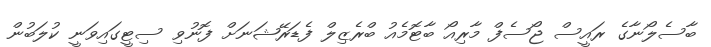
ބާސެލޯނާގެ ރައީސް ޖޯސެފް މާރިއޯ ބާޓޮމެއު ބްރެޒިލް ފެޑަރޭޝަނަށް ފޮނުވި ސިޓީގައިވަނީ ކުލަބުން